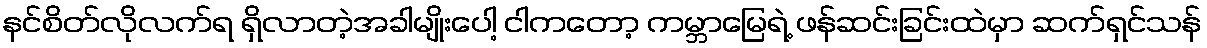
နင်စိတ်လိုလက်ရ ရှိလာတဲ့အခါမျိုးပေါ့ ငါကတော့ ကမ္ဘာမြေရဲ့ ဖန်ဆင်းခြင်းထဲမှာ ဆက်ရှင်သန်